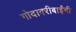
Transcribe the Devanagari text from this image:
गोदावरीबाईंनी